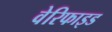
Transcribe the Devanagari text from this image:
वेरिफाइड